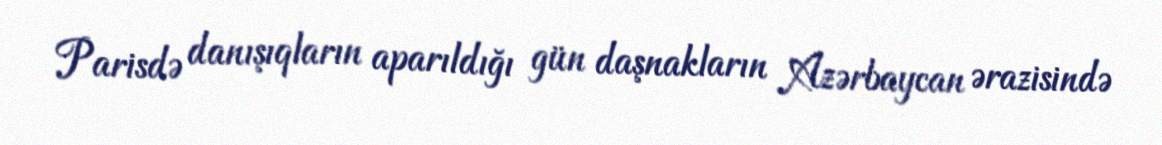
Parisdə danışıqların aparıldığı gün daşnakların Azərbaycan ərazisində